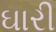
ઘારી